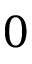
0